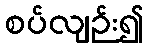
စပ်လျဉ်း၍